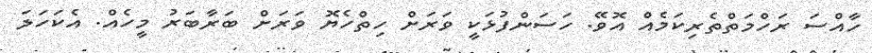
ހާއްސަ ރަހްމަތްތެރިކަމެއް އޮވޭ. ހަސަންފުޅަކީ ވަރަށް ހިތްހެޔޮ ވަރަށް ބަރާބަރު މީހެއް. އެކަހަލަ